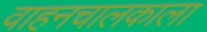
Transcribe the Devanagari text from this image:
वाहनचालकाला